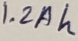
Text: 1.2Ah